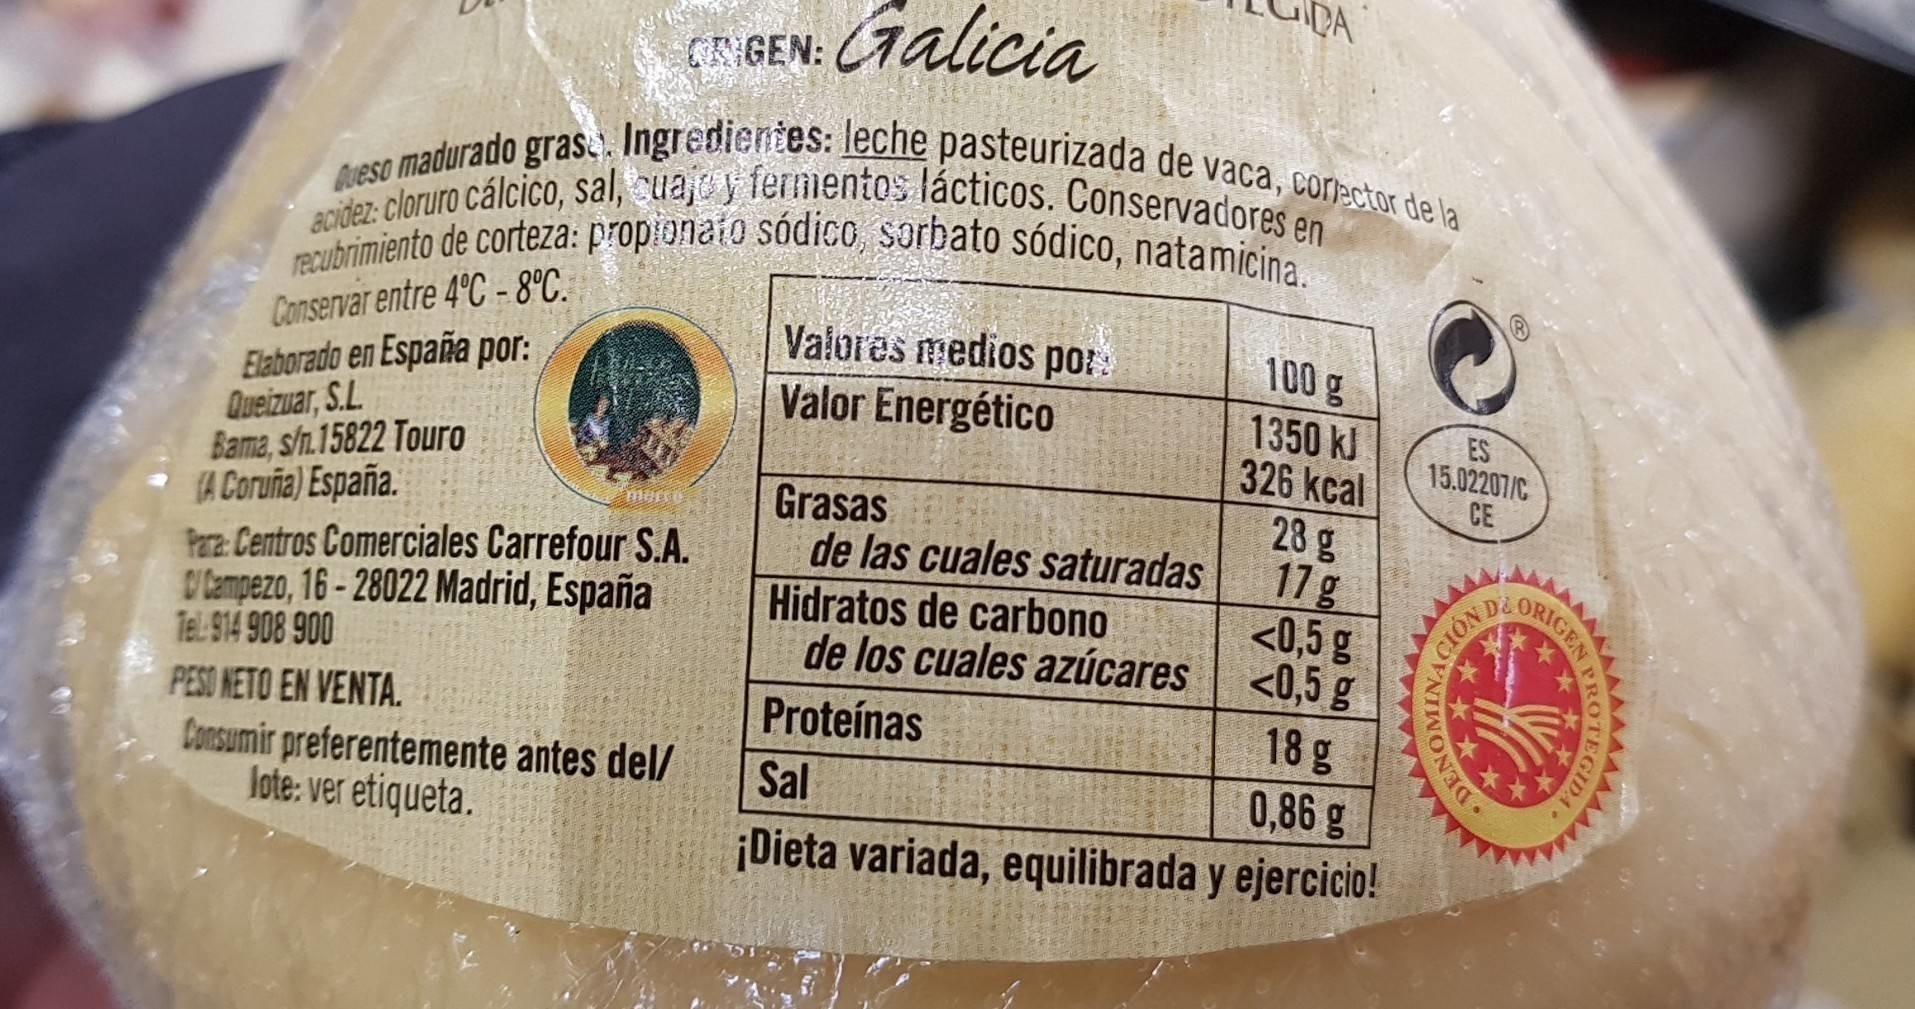
DA (Talicia CRIGEN: acidez: cloruro cálcico, sal, cua,e y ferimentos lácticos. Conservadores en recubrimiento de corteza: propionało sódico, sorbato sódico, natamicina. Valores medios por: Valor Energético Bueso madurado grase). Ingredientes: leche pasteurizada de vaca, corr:ctor de la Conservar entre 4°C-8°C. Elaborado en España por: Queizuar, S.L. Bama, s/n.15822 Touro A Coruña) España. Para: Centros Comerciales Carrefour S.A. D'tampezo, 16 - 28022 Madrid, España Tel:-914 908 900 100 g 1350 kJ 326 kcal 28 g 17 g <0,5 g <0,5 g 18 g 0,86 g ES 15.02207/C CE Grasas de las cuales saturadas Hidratos de carbono de los cuales azúcares ORIGEN DE Proteínas PESO NETO EN VENTA. Consumir preferentemente antes del/ lote: ver etiqueta. Sal ¡Dieta variada, equilibrada y ejercicio! DEN